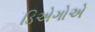
ડિએગોએ